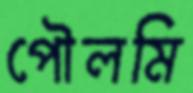
পৌলমি